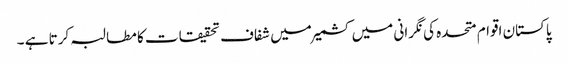
پاکستان اقوام متحدہ کی نگرانی میں کشمیر میں شفاف تحقیقات کا مطالبہ کرتا ہے ۔